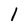
Character: l